Mental hospitals Bombay report 1921-28 - 1921-1928
Year: 1921
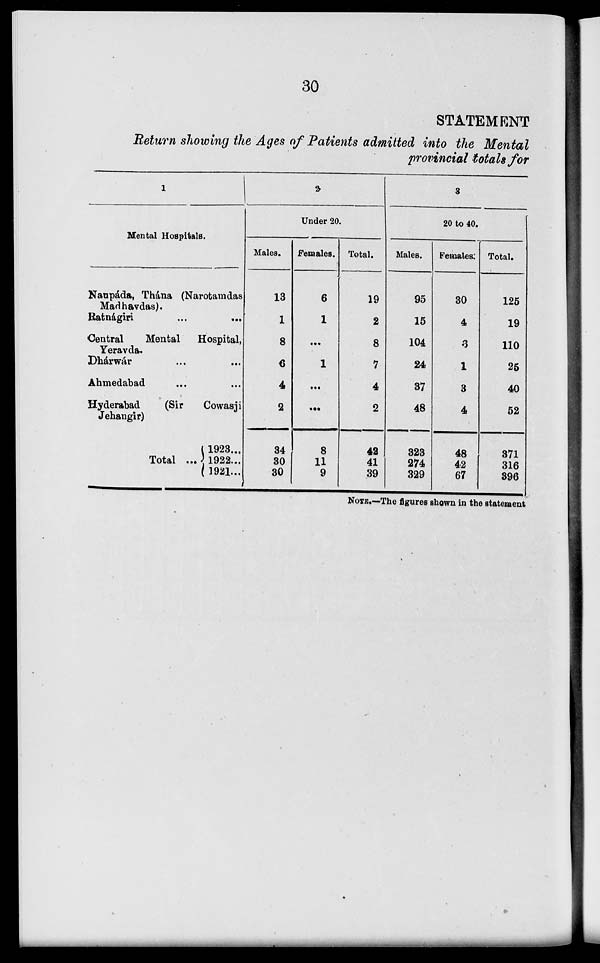
30
STATEMENT
Return showing the Ages of Patients admitted into the Mental
provincial totals for
1
Mental Hospitals.
Naupáda, Thána (Narotamdas
Madhavdas).
Ratnágiri ... ...
Central
Mental
Hospital,
Yeravda.
Dhárwár... ...
Ahmedabad... ...
Hyderabad
(Sir
Cowasji
Jehangir)
Total ...
1923...
1922...
1921...
2
Under 20.
Males.
13
1
8
6
4
2
34
30
30
Females.
6
1
...
1
....
...
8
11
9
Total.
19
2
8
7
4
2
42
41
39
3
20 to 40.
Males.
95
15
104
24
37
48
323
274
329
Females.
30
4
3
1
3
4
48
42
67
Total.
125
19
110
25
40
52
371
316
396
NOTE.—The figures shown in the statement